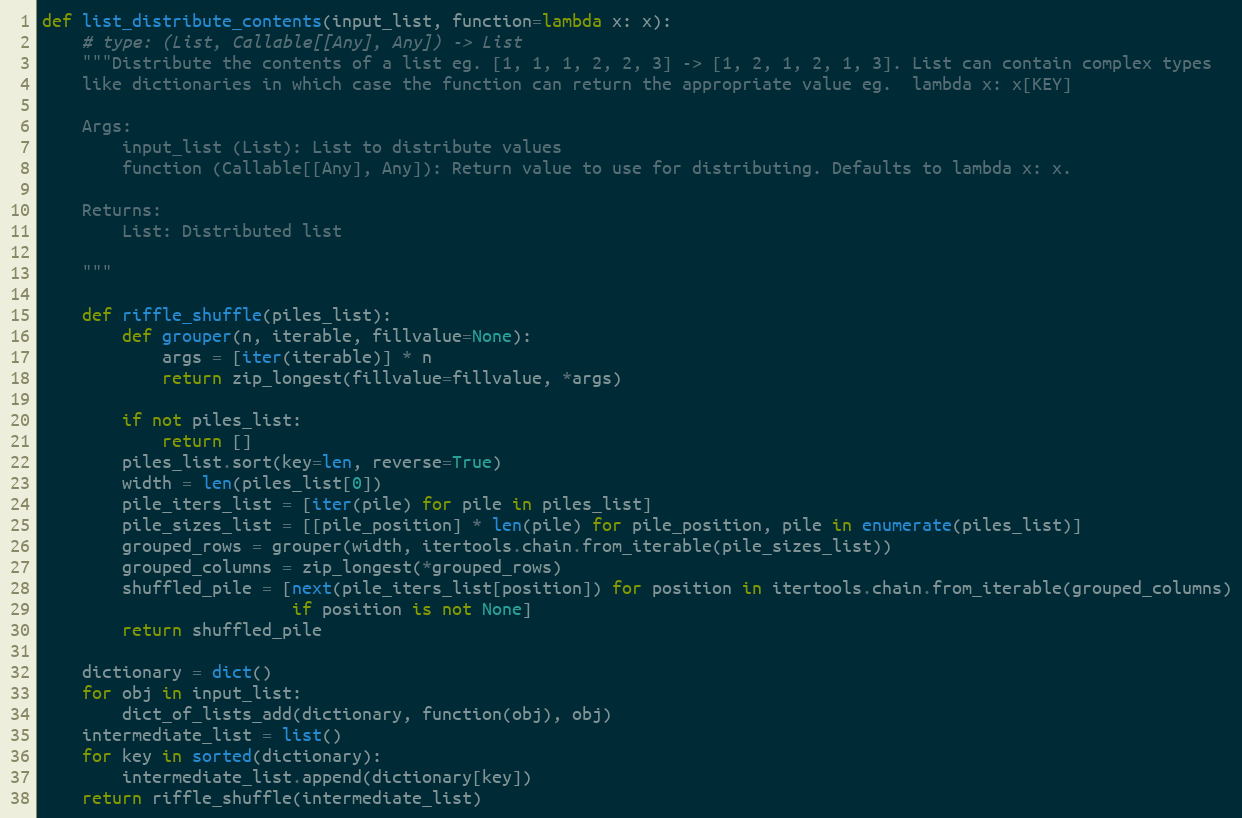
Language: Python
def list_distribute_contents(input_list, function=lambda x: x):
    # type: (List, Callable[[Any], Any]) -> List
    """Distribute the contents of a list eg. [1, 1, 1, 2, 2, 3] -> [1, 2, 1, 2, 1, 3]. List can contain complex types
    like dictionaries in which case the function can return the appropriate value eg.  lambda x: x[KEY]

    Args:
        input_list (List): List to distribute values
        function (Callable[[Any], Any]): Return value to use for distributing. Defaults to lambda x: x.

    Returns:
        List: Distributed list

    """

    def riffle_shuffle(piles_list):
        def grouper(n, iterable, fillvalue=None):
            args = [iter(iterable)] * n
            return zip_longest(fillvalue=fillvalue, *args)

        if not piles_list:
            return []
        piles_list.sort(key=len, reverse=True)
        width = len(piles_list[0])
        pile_iters_list = [iter(pile) for pile in piles_list]
        pile_sizes_list = [[pile_position] * len(pile) for pile_position, pile in enumerate(piles_list)]
        grouped_rows = grouper(width, itertools.chain.from_iterable(pile_sizes_list))
        grouped_columns = zip_longest(*grouped_rows)
        shuffled_pile = [next(pile_iters_list[position]) for position in itertools.chain.from_iterable(grouped_columns)
                         if position is not None]
        return shuffled_pile

    dictionary = dict()
    for obj in input_list:
        dict_of_lists_add(dictionary, function(obj), obj)
    intermediate_list = list()
    for key in sorted(dictionary):
        intermediate_list.append(dictionary[key])
    return riffle_shuffle(intermediate_list)